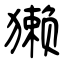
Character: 獭